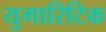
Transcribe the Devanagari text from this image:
युगारिटिक